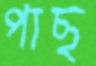
পাছ